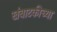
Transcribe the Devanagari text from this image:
खंबाटकीच्या